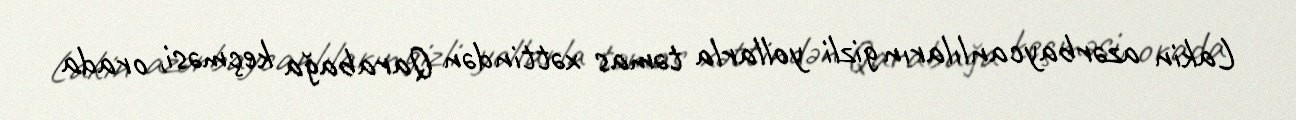
Lakin azərbaycanlıların gizli yollarla təmas xəttindən Qarabağa keçməsi, orada